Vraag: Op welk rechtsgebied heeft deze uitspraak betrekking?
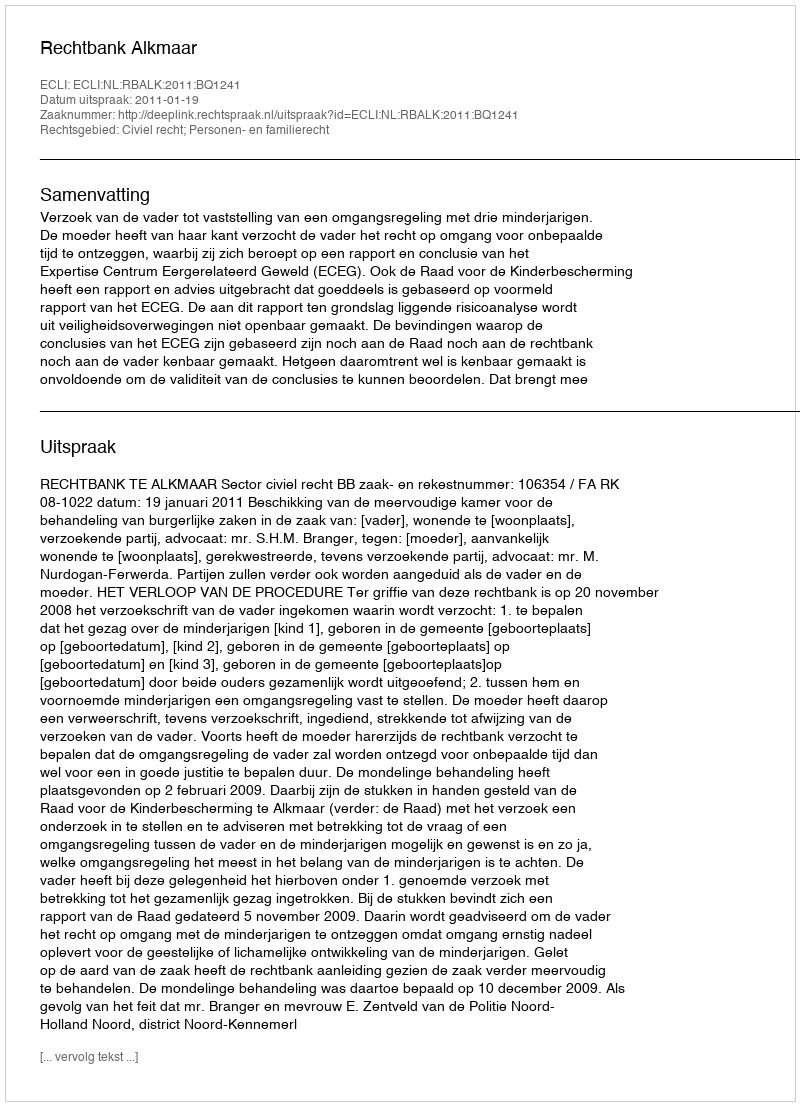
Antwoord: Civiel recht; Personen- en familierecht